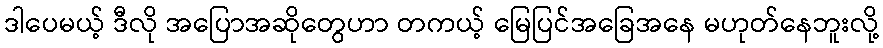
ဒါပေမယ့် ဒီလို အပြောအဆိုတွေဟာ တကယ့် မြေပြင်အခြေအနေ မဟုတ်နေဘူးလို့